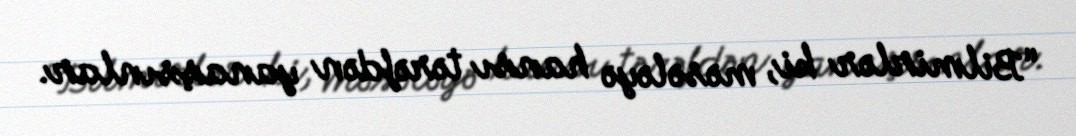
“Bilmirlər ki, məsələyə hansı tərəfdən yanaşsınlar.